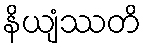
နိယျံဿတိ